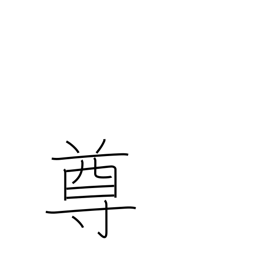
Meaning: noble